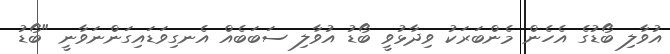
އުވާލި ބޯޑުގެ އެހެން މެންބަރަކު ވިދާޅުވީ ބޯޑު އުވާލި ސަބަބެއް އެނގިވަޑައިގަންނަވާނީ "ބޯޑު